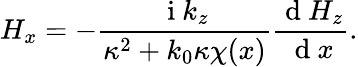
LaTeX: H_{x}=-\frac{\mathrm{~i~}k_{z}}{\kappa^{2}+k_{0}\kappa\chi(x)}\frac{\mathrm{~d~}H_{z}}{\mathrm{~d~}x}.